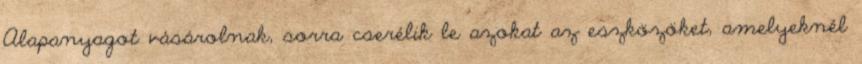
Alapanyagot vásárolnak, sorra cserélik le azokat az eszközöket, amelyeknél